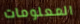
المعلومات